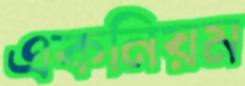
একনিয়ম